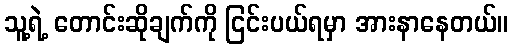
သူ့ရဲ့ တောင်းဆိုချက်ကို ငြင်းပယ်ရမှာ အားနာနေတယ်။